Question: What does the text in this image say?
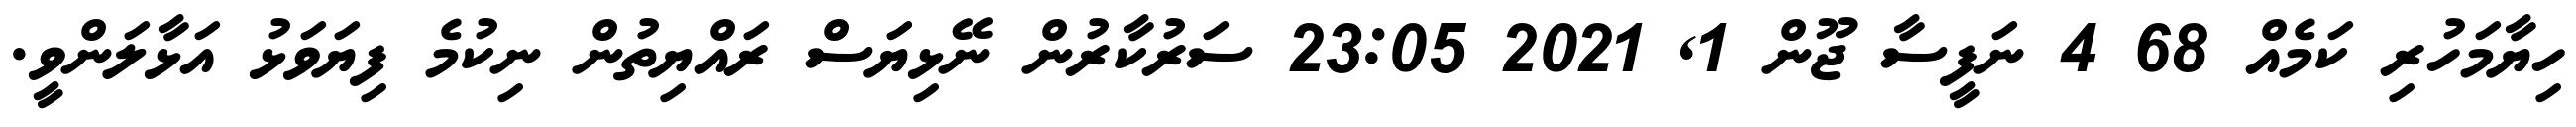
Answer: ހިޔާމަހުރި ކަމެއް 68 4 ނަފީސާ ޖޫން 1, 2021 23:05 ސަރުކާރުން ނޭޅިޔަސް ރައްޔިތުން ނިކުމެ ފިޔަވަޅު އަޅާލަންވީ.